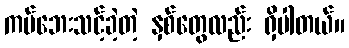
ကပ်ဘေးသင့်ခဲ့တဲ့ နှစ်တွေလည်း ရှိပါတယ်။